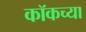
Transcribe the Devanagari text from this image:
कॉकच्या